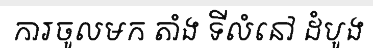
ការចូលមក តាំង ទីលំនៅ ដំបូង